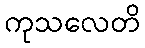
ကုသလေတိ